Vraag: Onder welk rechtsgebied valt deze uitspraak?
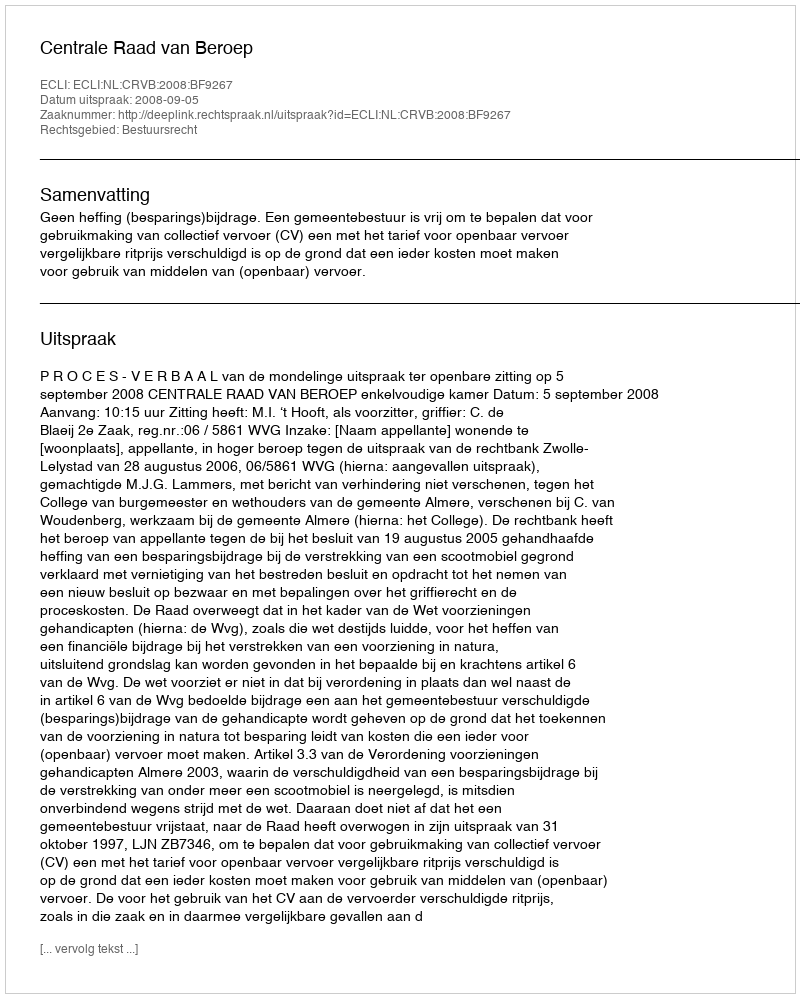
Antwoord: Bestuursrecht